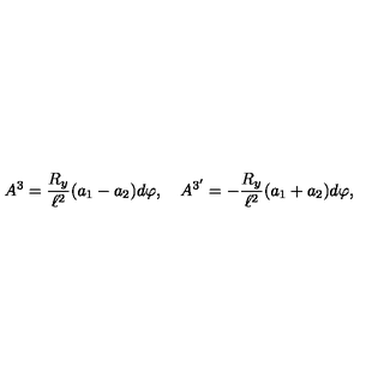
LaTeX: A ^ { 3 } = { \frac { R _ { y } } { \ell ^ { 2 } } } ( a _ { 1 } - a _ { 2 } ) d \varphi , \quad A ^ { 3 ^ { \prime } } = - { \frac { R _ { y } } { \ell ^ { 2 } } } ( a _ { 1 } + a _ { 2 } ) d \varphi ,